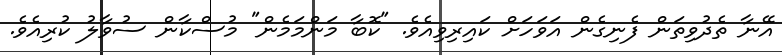
އޭނާ ތެދުވިތަން ފެނިގެން އަވަހަށް ކައިރިވިއެވެ. "ކޮބާ މަންމަމެން" މުސްކާން ސުވާލު ކުރިއެވެ.